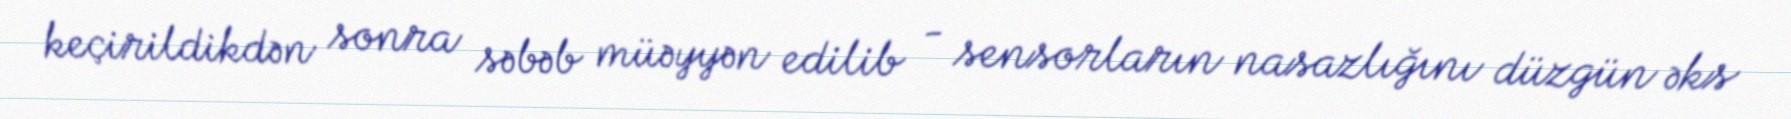
keçirildikdən sonra səbəb müəyyən edilib - sensorların nasazlığını düzgün əks